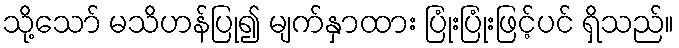
သို့သော် မသိဟန်ပြု၍ မျက်နှာထား ပြုံးပြုံးဖြင့်ပင် ရှိသည်။